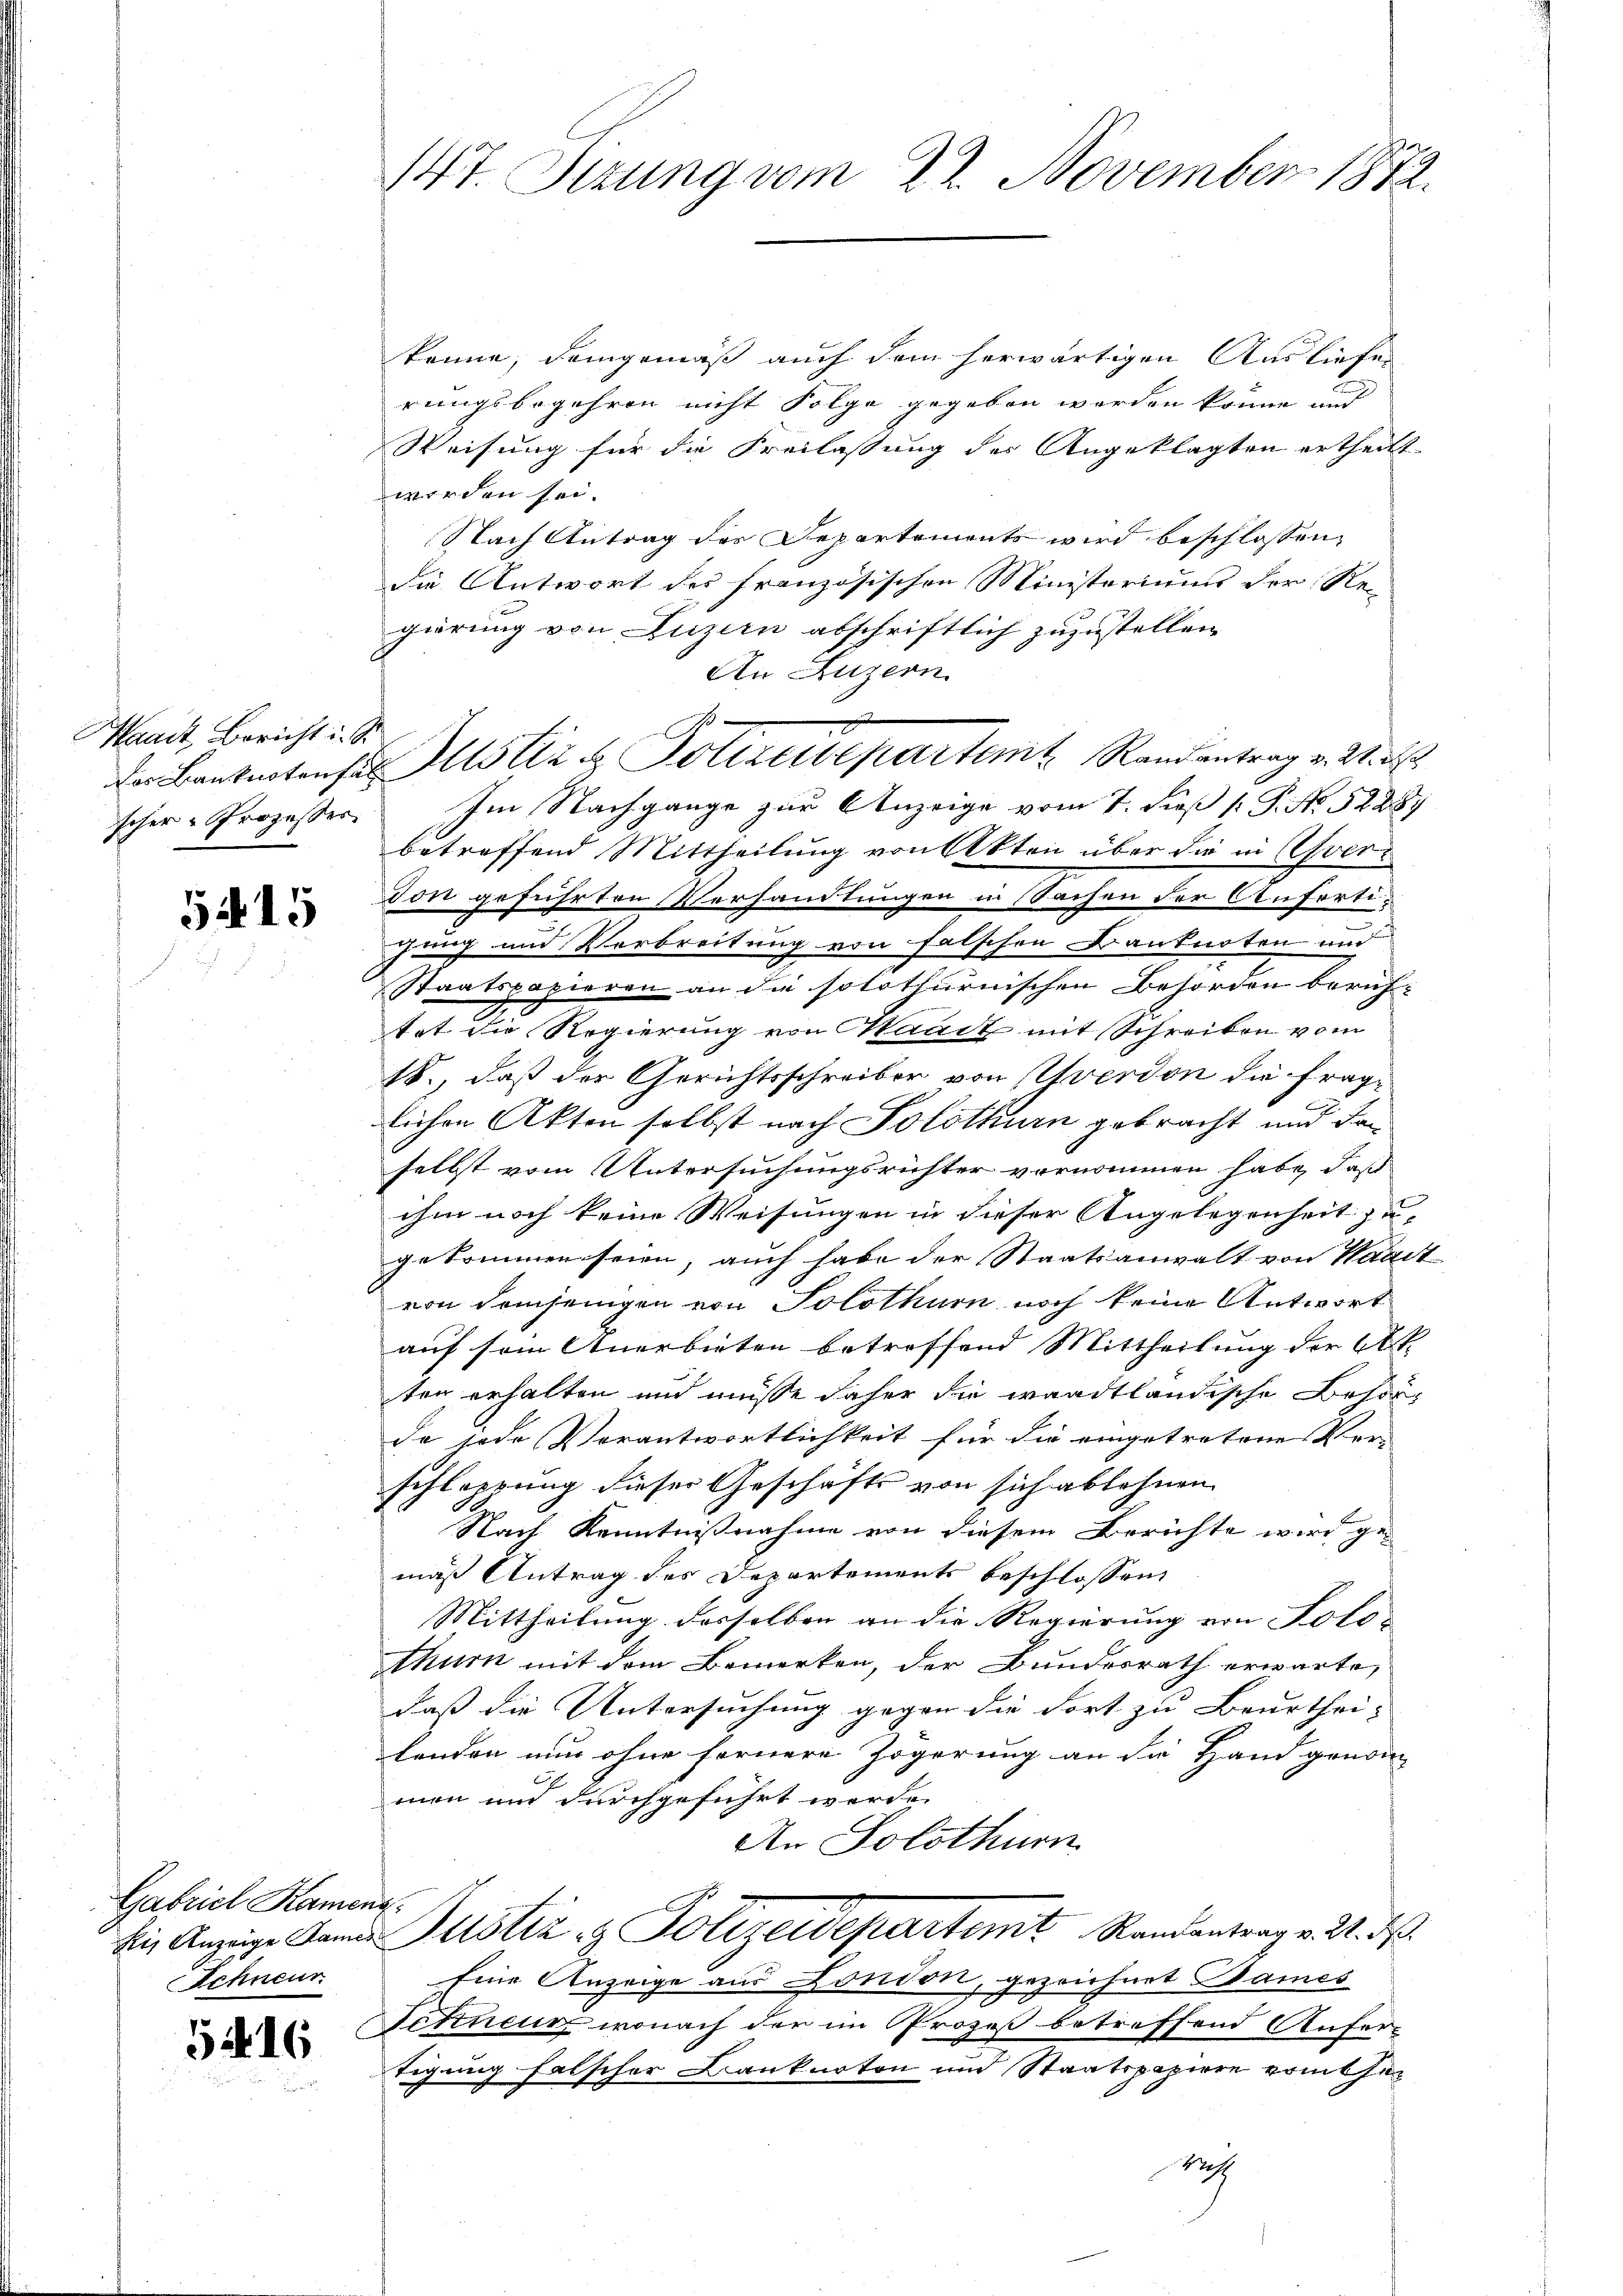
Waadt, Bericht i. S.
scher - Prozesser

5415

Gabriel Kament.
Schneur.

5416

könne, demgemäß auch dem herwärtigen Ausliefen
rungsbegehren nicht Folge gegeben werden könne and
Weisung für die Freilassung des Angeklagten ertheilt
worden sei.
Nach Antrag der Departements wird beschlossen,
die Antwort des französischen Ministeriums der Re-
gierung von Luzern abschriftlich zuzustellen
An Luzern
Im Nachgange zur Anzeige vom 7. Fuß [ P. No. 52887
betreffend Mittheilung von Akten über die in ver¬
Don geführten Verhandlungen in Sachen der Anfortizung und Verbreitung von falschen Banknoten und
Staatspapieren an die solothurnischen Behörden beruf-
tat die Regierung von Waadt mit Schreiben vom
18., daß der Gerichtsschreiber von Yverdon die fraglichen Akten selbst nach Solothurn gebracht und daselbst vom Untersuchungsrichter vernommen habe, daß
ihm noch keine Weisungen in dieser Angelegenheit zu-
gekommen seien, auch habe der Staatsanwalt von Waadt
von demjenigen von Solothurn noch keine Antwort
auf sein Anerbieten betroffend Mittheilung der Art.
ten erhalten und müsse daher die waadtländische Besorde jede Verantwortlichkeit für die eingetretene Ver-
schleppung dieser Geschäfts von sich ablehnen
Nach Kenntnißnahme von diesem Berichte wird ge-
mäß Antrag des Departements beschlossen,
Mittheilung desselben an die Regierung von Solo-
thurn mit dem Bemerken, der Bundesrath erwarte,
daß die Untersuchung gegen die Fort zu Beurthei- |
landen nun ohne fernere Zögerung an die Hand genrin
men und durchgeführt werde.
An Solothurn
die Anzeige Damas Justiz & Polizeidepartemit Randantrag v. 24. ds.
Eine Anzeige aus London, gezeichnet Bames
Schneur, wonach der im Prozeß betreffend Anfer-
tigung falscher Banknoton und Staatspapiere vom the¬
Mieth

147. Sizung vom 22. November 1872.

Den Banknotonses Altstiz & Polizeidepartem Randentrag v. M. D.